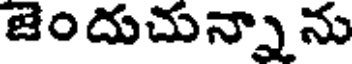
జెందుచున్నా ను